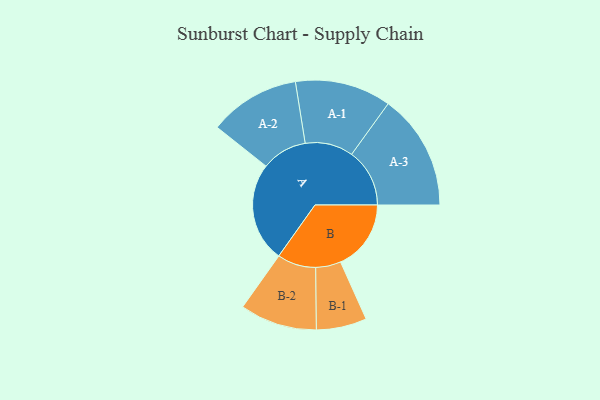
{"axis": {"x": "Segment", "y": "Value"}, "legend": ["", "A", "B"], "data": [{"x": "A", "y": 431, "type": ""}, {"x": "B", "y": 305, "type": ""}, {"x": "A-1", "y": 208, "type": "A"}, {"x": "A-2", "y": 197, "type": "A"}, {"x": "A-3", "y": 251, "type": "A"}, {"x": "B-1", "y": 109, "type": "B"}, {"x": "B-2", "y": 167, "type": "B"}]}